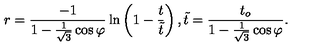
r = \frac { - 1 } { 1 - \frac { 1 } { \sqrt { 3 } } \cos { \varphi } } \ln \left( 1 - \frac { t } { \tilde { t } } \right) , \tilde { t } = \frac { t _ { o } } { 1 - \frac { 1 } { \sqrt { 3 } } \cos { \varphi } } .